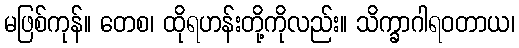
မဖြစ်ကုန်။ တေစ၊ ထိုရဟန်းတို့ကိုလည်း။ သိက္ခာဂါရဝတာယ၊